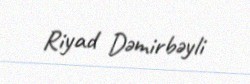
Riyad Dəmirbəyli